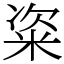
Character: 粢